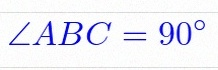
\angle ABC=90^\circ